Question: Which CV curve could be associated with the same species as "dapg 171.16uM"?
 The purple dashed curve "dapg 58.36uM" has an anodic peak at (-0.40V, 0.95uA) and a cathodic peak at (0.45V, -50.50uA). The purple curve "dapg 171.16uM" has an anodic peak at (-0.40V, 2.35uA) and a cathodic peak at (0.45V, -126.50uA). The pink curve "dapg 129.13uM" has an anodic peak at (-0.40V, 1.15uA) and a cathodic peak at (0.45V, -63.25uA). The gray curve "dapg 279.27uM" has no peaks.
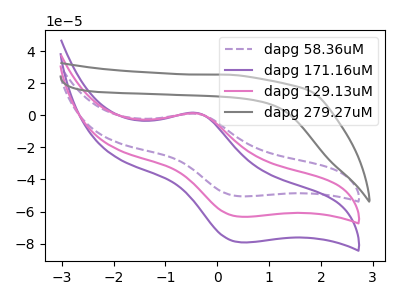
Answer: <think>All the peaks in "dapg 58.36uM" have a peak in "dapg 171.16uM" at the same potential. Every peak in "dapg 58.36uM" is lower than every peak in "dapg 171.16uM". All the peaks in "dapg 58.36uM" have a peak in "dapg 129.13uM" at the same potential. Every peak in "dapg 58.36uM" is lower than every peak in "dapg 129.13uM". "dapg 58.36uM" and "dapg 279.27uM" have a different number of peaks. All the peaks in "dapg 171.16uM" have a peak in "dapg 129.13uM" at the same potential. Every peak in "dapg 171.16uM" is higher than every peak in "dapg 129.13uM". "dapg 171.16uM" and "dapg 279.27uM" have a different number of peaks. "dapg 129.13uM" and "dapg 279.27uM" have a different number of peaks.
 </think>
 <answer>"dapg 171.16uM" and "dapg 129.13uM" have a similar shape to "dapg 58.36uM".</answer>
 <eval>"dapg 171.16uM" "dapg 129.13uM"</eval>